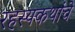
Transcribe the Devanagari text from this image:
रहस्यकथांचे